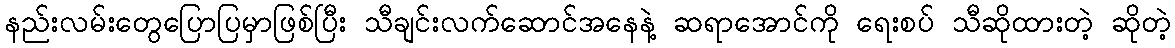
နည်းလမ်းတွေပြောပြမှာဖြစ်ပြီး သီချင်းလက်ဆောင်အနေနဲ့ ဆရာအောင်ကို ရေးစပ် သီဆိုထားတဲ့ ဆိုတဲ့